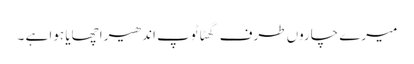
میرے چاروں طرف گھٹا ٹوپ اندھیرا چھایا ہوا ہے ۔